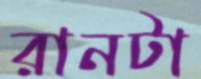
রানটা